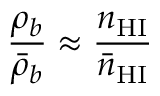
\frac { \rho _ { b } } { \bar { \rho } _ { b } } \approx \frac { { n } _ { \mathrm { H I } } } { \bar { n } _ { \mathrm { H I } } }